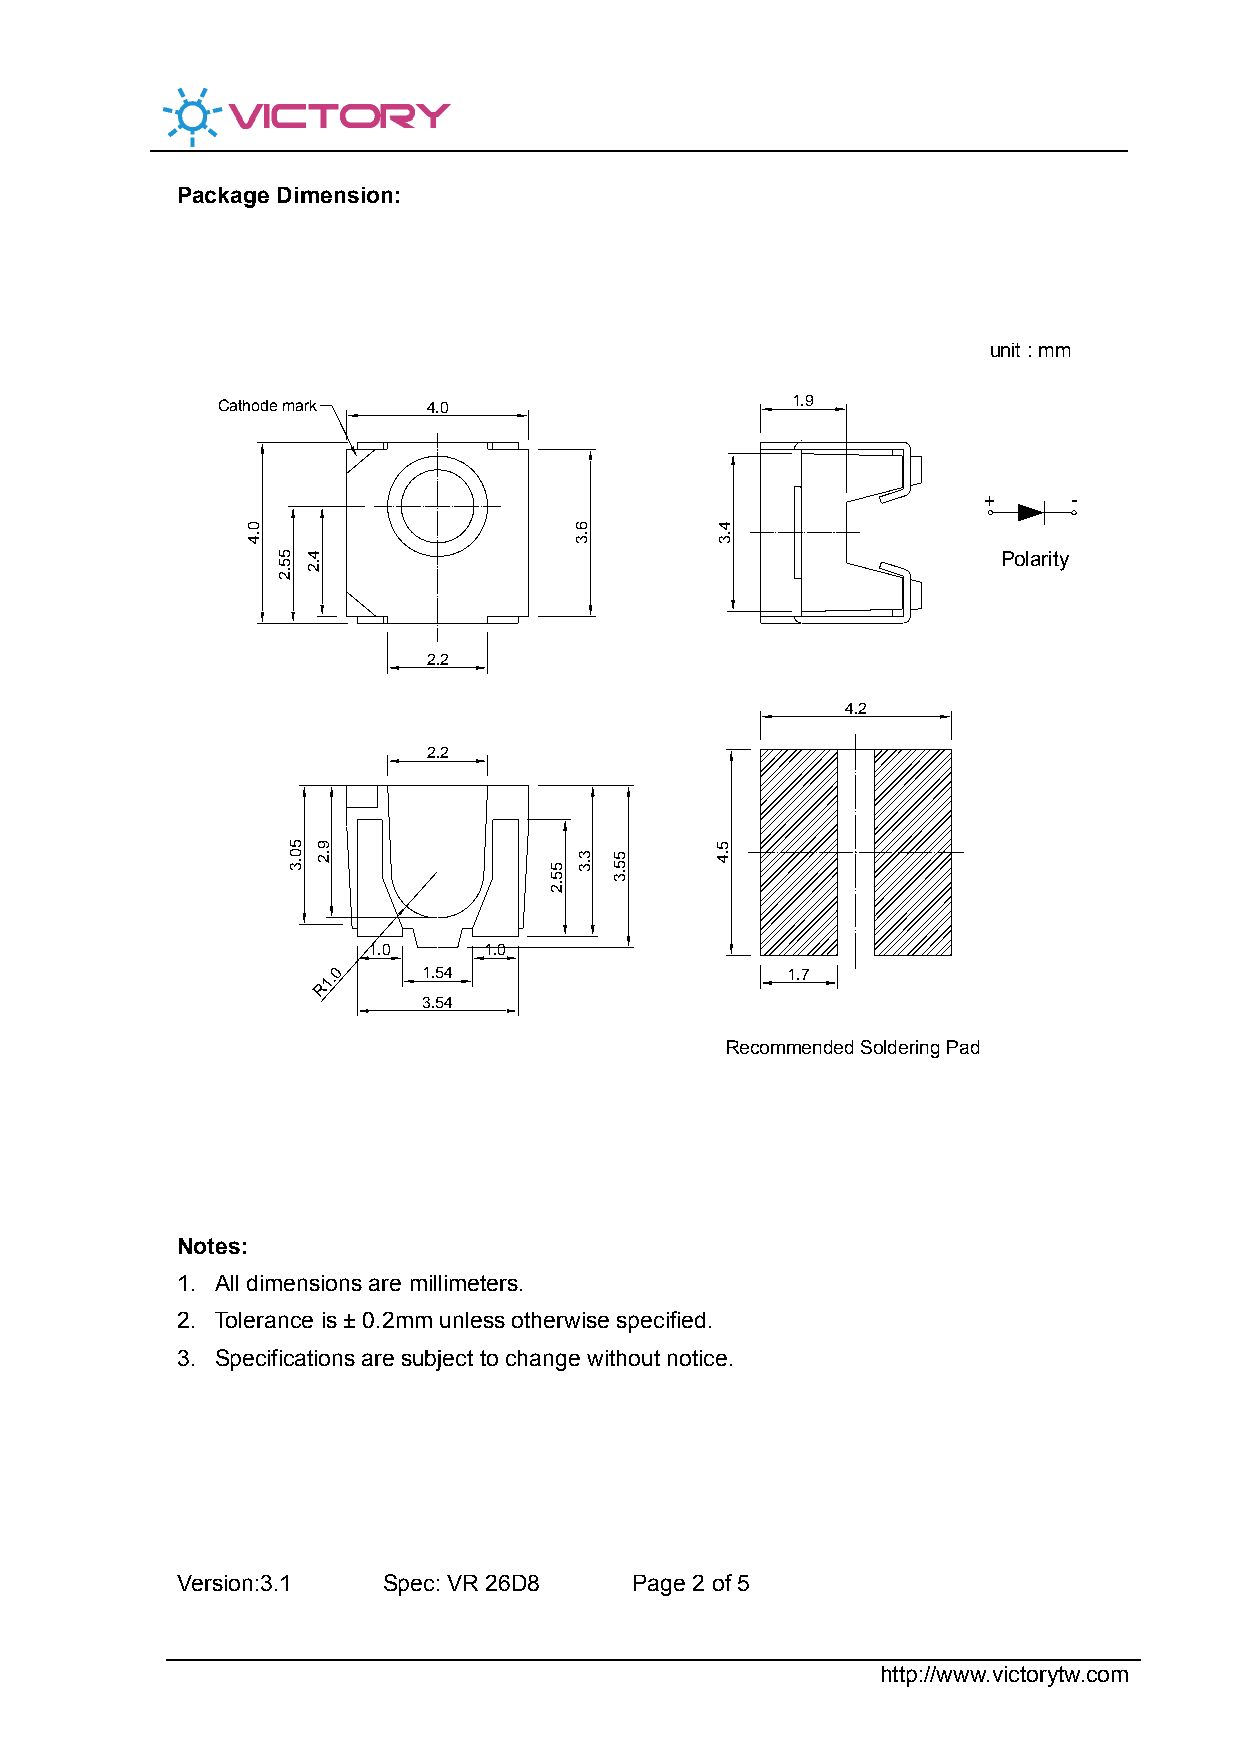
Package Dimension:
 unit : mm
 Cathode mark  4.0                     1.9
 +     -
 Polarity
 2.2
 4.2
 2.2
 1.0     1.0
 1.0    1.54                    1.7
 R
 3.54
 Recommended Soldering Pad
 Notes:
 1. All dimensions are millimeters.
 2. Tolerance is ± 0.2mm unless otherwise specified.
 3. Specifications are subject to change without notice.
 Version:3.1  Spec: VR 26D8    Page 2 of 5
 http://www.victorytw.com
 0.4
 55.2
 50.3
 4.2
 9.2
 55.2
 6.3
 3.3 55.3
 4.3
 5.4